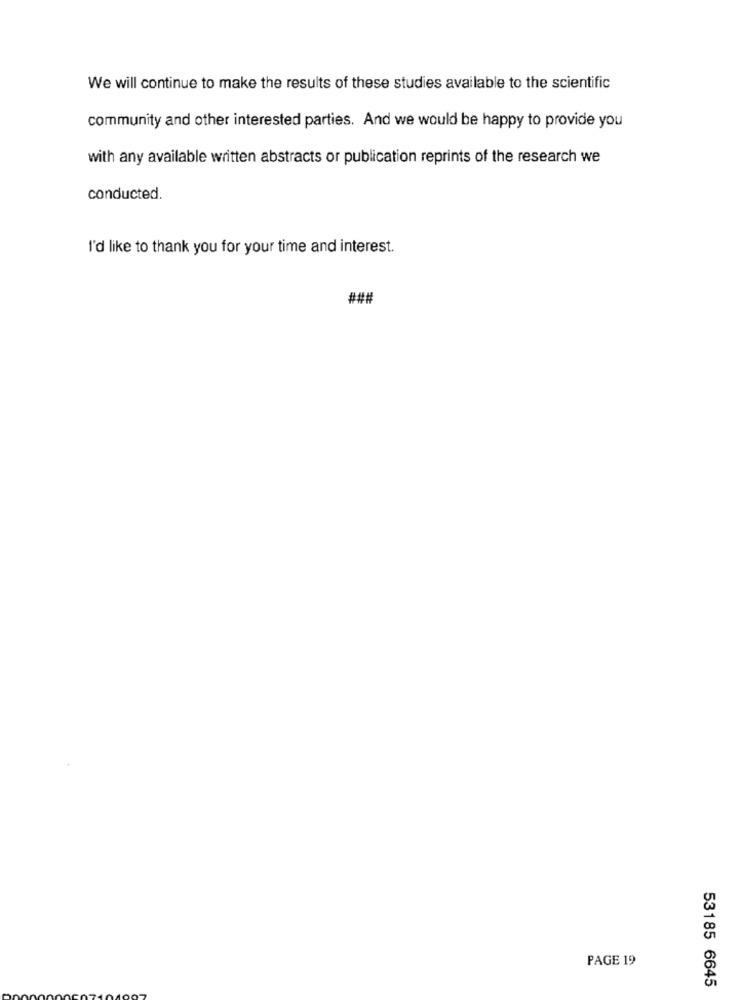
We will continue to make the results of these studies available to the scientific
community and other interested parties. And we would be happy to provide you
with any available written abstracts or publication reprints of the research we
conducted.
I'd like to thank you for your time and interest.
###
PAGE 19
53185 6645